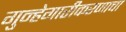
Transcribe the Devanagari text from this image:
गुन्हेगारीकरणाचा